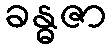
ခန္ဓဇာ